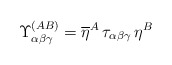
\begin{align*}\Upsilon^{(AB)}_{\alpha\beta\gamma}= \overline{\eta}^A \,\tau_{\alpha\beta\gamma} \, \eta^B\end{align*}